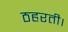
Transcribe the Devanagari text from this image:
ठहरती।